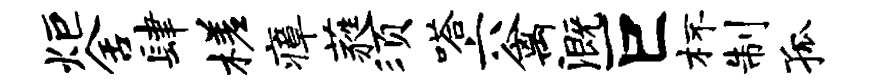
炬舍肆槎瘴蕤须嗒六禽溉巨杯制孤